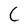
Character: C